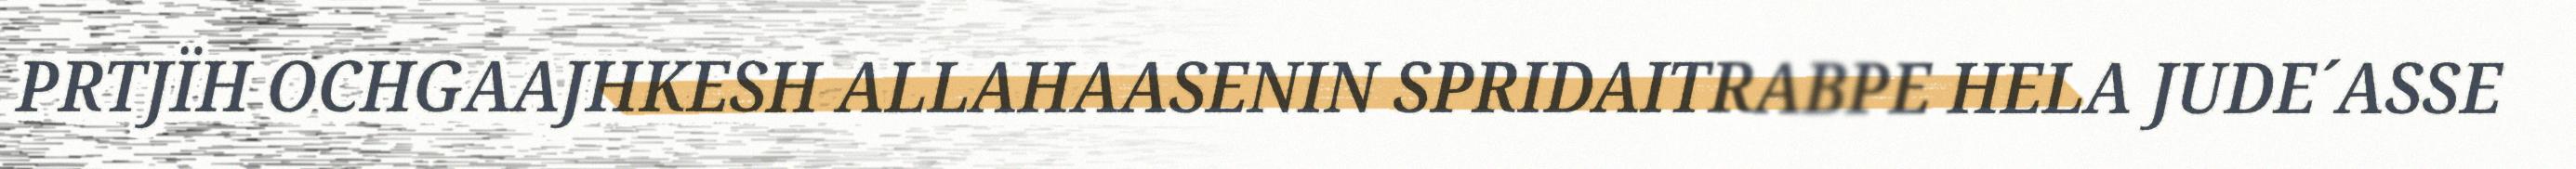
PRTJÏH OCHGAAJHKESH ALLAHAASENIN SPRIDAITRABPE HELA JUDE´ASSE